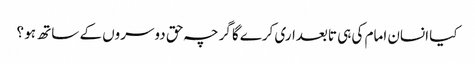
کیا انسان امام کی ہی تابعداری کرےگا گرچہ حق دوسروں کے ساتھ ہو ؟